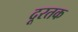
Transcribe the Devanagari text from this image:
दूरतक